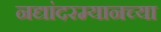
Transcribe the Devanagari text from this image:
नद्यांदरम्यानच्या